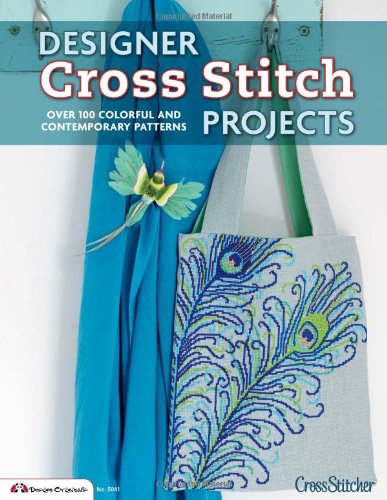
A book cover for Designer Cross Stitch Projects: Over 100 Colorful and Contemporary Patterns; CrossStitcher Magazine; Crafts, Hobbies & Home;